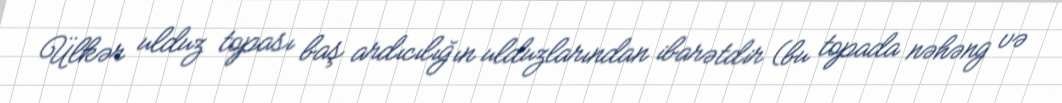
Ülkər ulduz topası baş ardıcılığın ulduzlarından ibarətdir (bu topada nəhəng və